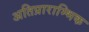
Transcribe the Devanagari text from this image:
अतिप्राराम्भिक